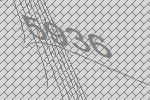
5936